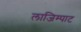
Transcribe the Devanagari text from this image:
लाजिम्पाट